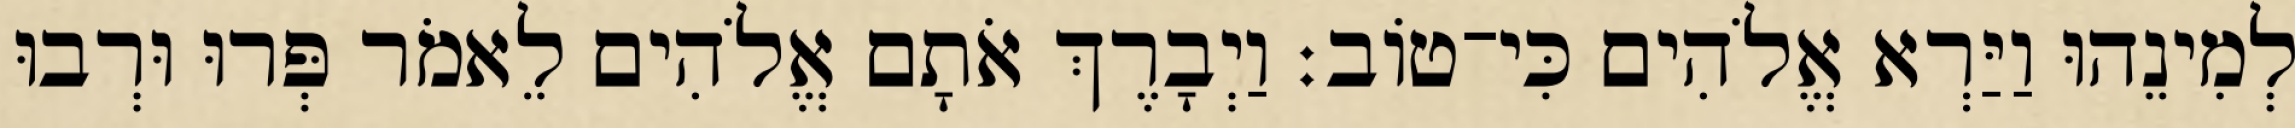
לְמִינֵהוּ וַיַּרְא אֱלֹהִים כִּי־טֹוב׃ וַיְבָרֶךְ אֹתָם אֱלֹהִים לֵאמֹר פְּרוּ וּרְבוּ